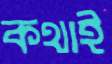
কথাই